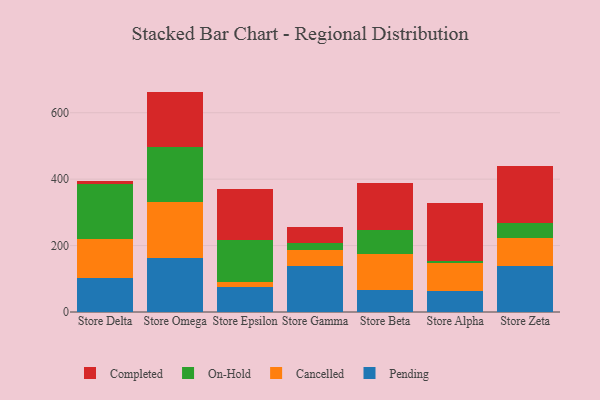
{"axis": {"x": "Store", "y": "Humidity (%)"}, "legend": ["Cancelled", "Completed", "On-Hold", "Pending"], "data": [{"x": "Store Delta", "y": 101.8, "type": "Pending"}, {"x": "Store Delta", "y": 117.7, "type": "Cancelled"}, {"x": "Store Delta", "y": 165.1, "type": "On-Hold"}, {"x": "Store Delta", "y": 10.6, "type": "Completed"}, {"x": "Store Omega", "y": 163.6, "type": "Pending"}, {"x": "Store Omega", "y": 167.7, "type": "Cancelled"}, {"x": "Store Omega", "y": 165.6, "type": "On-Hold"}, {"x": "Store Omega", "y": 166.7, "type": "Completed"}, {"x": "Store Epsilon", "y": 75.7, "type": "Pending"}, {"x": "Store Epsilon", "y": 13.4, "type": "Cancelled"}, {"x": "Store Epsilon", "y": 128.3, "type": "On-Hold"}, {"x": "Store Epsilon", "y": 151.7, "type": "Completed"}, {"x": "Store Gamma", "y": 138.8, "type": "Pending"}, {"x": "Store Gamma", "y": 46.4, "type": "Cancelled"}, {"x": "Store Gamma", "y": 22.0, "type": "On-Hold"}, {"x": "Store Gamma", "y": 49.9, "type": "Completed"}, {"x": "Store Beta", "y": 66.1, "type": "Pending"}, {"x": "Store Beta", "y": 107.1, "type": "Cancelled"}, {"x": "Store Beta", "y": 73.1, "type": "On-Hold"}, {"x": "Store Beta", "y": 141.5, "type": "Completed"}, {"x": "Store Alpha", "y": 64.0, "type": "Pending"}, {"x": "Store Alpha", "y": 83.8, "type": "Cancelled"}, {"x": "Store Alpha", "y": 6.4, "type": "On-Hold"}, {"x": "Store Alpha", "y": 173.3, "type": "Completed"}, {"x": "Store Zeta", "y": 139.4, "type": "Pending"}, {"x": "Store Zeta", "y": 82.3, "type": "Cancelled"}, {"x": "Store Zeta", "y": 46.0, "type": "On-Hold"}, {"x": "Store Zeta", "y": 173.2, "type": "Completed"}]}